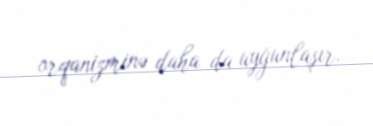
orqanizminə daha da uyğunlaşır.